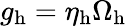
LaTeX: g_{\mathrm{h}}=\eta_{\mathrm{h}}\Omega_{\mathrm{h}}